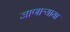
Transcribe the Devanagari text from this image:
जाणाऱ्याया